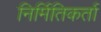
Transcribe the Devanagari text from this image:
निर्मितिकर्ता